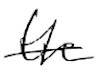
Text: the
Cross-out: single-line
Writing tool: digital_black